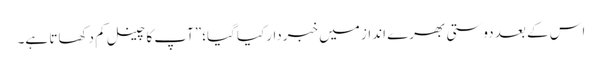
اس کے بعد دوستی بھرے انداز میں خبردارکیا گیا؛”آپ کا چینل کم دکھاتا ہے۔